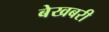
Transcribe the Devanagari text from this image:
बेखबरी